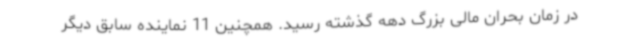
در زمان بحران مالی بزرگ دهه گذشته رسید. همچنین 11 نماینده سابق دیگر